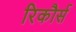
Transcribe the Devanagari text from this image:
रिकौर्स